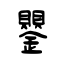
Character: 鑍